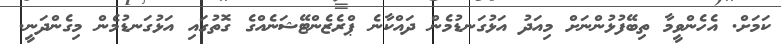
ކަމަށް. އެހެންވީމާ ތިބޭފުޅުންނަށް މިއަދު އަޅުގަނޑުމެން ދައްކާނެ ޕްރެޒެންޓޭޝަނެއްގެ ގޮތުގައި އަޅުގަނޑުމެން މިގެންދަނީ.